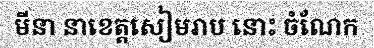
មីនា នាខេត្តសៀមរាប នោះ ចំណែក